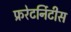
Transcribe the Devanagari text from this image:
फ्ररेटर्निटीस